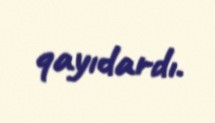
qayıdardı.